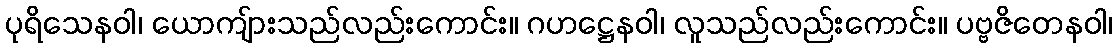
ပုရိသေနဝါ၊ ယောကျ်ားသည်လည်းကောင်း။ ဂဟဋ္ဌေနဝါ၊ လူသည်လည်းကောင်း။ ပဗ္ဗဇိတေနဝါ၊